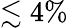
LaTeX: \lesssim 4\%